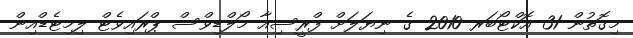
މިގޮތުން 31 އޮކްޓޯބަރ 2010 ގެ ނިޔަލަށް ފްރީސިއާ މޯލްޑިވްސް ޕްރައިވެޓް ލިމިޓެޑްއިން